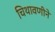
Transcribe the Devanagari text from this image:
चिथावणीने